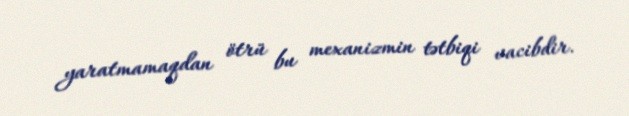
yaratmamaqdan ötrü bu mexanizmin tətbiqi vacibdir.